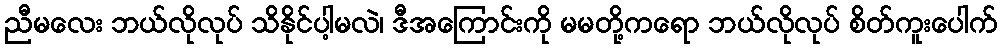
ညီမလေး ဘယ်လိုလုပ် သိနိုင်ပါ့မလဲ၊ ဒီအကြောင်းကို မမတို့ကရော ဘယ်လိုလုပ် စိတ်ကူးပေါက်